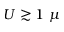
U \gtrsim 1 \ \mu